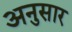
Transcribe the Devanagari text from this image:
अनुसार